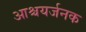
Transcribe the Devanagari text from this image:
आश्चयर्जनक